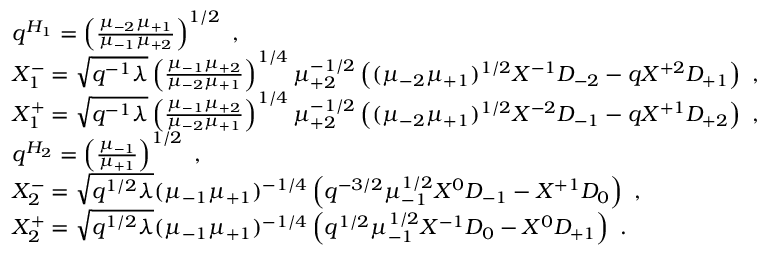
\begin{array} { l } { { q ^ { H _ { 1 } } = \left( \frac { \mu _ { - 2 } \mu _ { + 1 } } { \mu _ { - 1 } \mu _ { + 2 } } \right) ^ { 1 / 2 } ~ , } } \\ { { X _ { 1 } ^ { - } = \sqrt { q ^ { - 1 } \lambda } \left( \frac { \mu _ { - 1 } \mu _ { + 2 } } { \mu _ { - 2 } \mu _ { + 1 } } \right) ^ { 1 / 4 } \mu _ { + 2 } ^ { - 1 / 2 } \left( ( \mu _ { - 2 } \mu _ { + 1 } ) ^ { 1 / 2 } { \cal X } ^ { - 1 } { \cal D } _ { - 2 } - q { \cal X } ^ { + 2 } { \cal D } _ { + 1 } \right) ~ , } } \\ { { X _ { 1 } ^ { + } = \sqrt { q ^ { - 1 } \lambda } \left( \frac { \mu _ { - 1 } \mu _ { + 2 } } { \mu _ { - 2 } \mu _ { + 1 } } \right) ^ { 1 / 4 } \mu _ { + 2 } ^ { - 1 / 2 } \left( ( \mu _ { - 2 } \mu _ { + 1 } ) ^ { 1 / 2 } { \cal X } ^ { - 2 } { \cal D } _ { - 1 } - q { \cal X } ^ { + 1 } { \cal D } _ { + 2 } \right) ~ , } } \\ { { q ^ { H _ { 2 } } = \left( \frac { \mu _ { - 1 } } { \mu _ { + 1 } } \right) ^ { 1 / 2 } ~ , } } \\ { { X _ { 2 } ^ { - } = \sqrt { q ^ { 1 / 2 } \lambda } ( \mu _ { - 1 } \mu _ { + 1 } ) ^ { - 1 / 4 } \left( q ^ { - 3 / 2 } \mu _ { - 1 } ^ { 1 / 2 } { \cal X } ^ { 0 } { \cal D } _ { - 1 } - { \cal X } ^ { + 1 } { \cal D } _ { 0 } \right) ~ , } } \\ { { X _ { 2 } ^ { + } = \sqrt { q ^ { 1 / 2 } \lambda } ( \mu _ { - 1 } \mu _ { + 1 } ) ^ { - 1 / 4 } \left( q ^ { 1 / 2 } \mu _ { - 1 } ^ { 1 / 2 } { \cal X } ^ { - 1 } { \cal D } _ { 0 } - { \cal X } ^ { 0 } { \cal D } _ { + 1 } \right) ~ . } } \end{array}